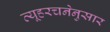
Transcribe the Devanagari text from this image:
व्यूहरचनेनुसार